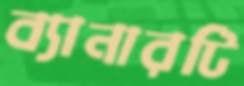
ব্যানারটি